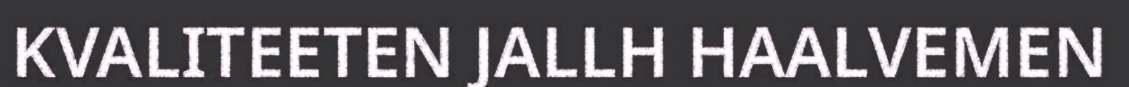
KVALITEETEN JALLH HAALVEMEN